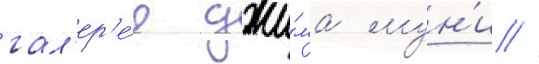
гал'ер'е́е джи́ма мун'и //